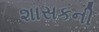
શાસકની